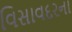
વિસાવદરના